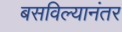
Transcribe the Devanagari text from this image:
बसविल्यानंतर